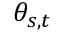
\theta _ { s , t }